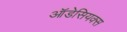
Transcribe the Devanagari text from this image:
ऑडेसियक्स